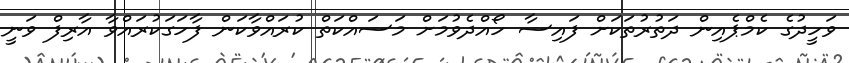
ވަހީދުގެ ކެމްޕެއިން ދަތުރުތަކަށް ފައިސާ ހޯއްދެވުމަށް މަސައްކަތް ކުރައްވާކަން ފާހަގަކުރައްވާ އާރިފް ވަނީ